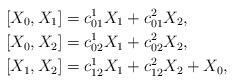
LaTeX: \begin{align*}\left[X_0, X_1\right]&=c_{01}^1X_1+c_{01}^2X_2, \\\left[X_0, X_2\right]&=c_{02}^1X_1+c_{02}^2X_2, \\\left[X_1, X_2\right]&=c_{12}^1X_1+c_{12}^2X_2+X_0,\end{align*}